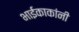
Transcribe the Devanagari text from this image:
भाईकाकांनी